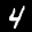
Label: 4